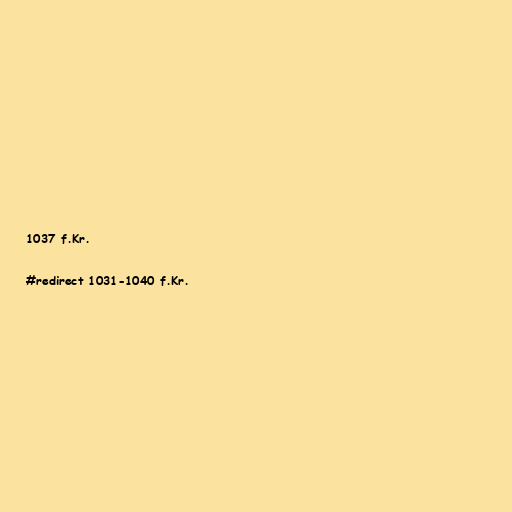
1037 f.Kr.

#redirect 1031-1040 f.Kr.